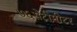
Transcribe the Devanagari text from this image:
७६सेंटीमीटर